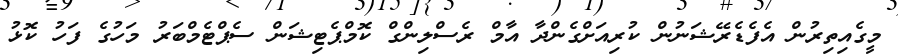
މީގެއިތިރުން އެފެޑެރޭޝަނުން ކުރިއަށްގެންދާ އާމް ރެސްލިންގް ކޮމްޕެޓިޝަން ސެޕްޓެމްބަރު މަހުގެ ފަހު ކޮޅު